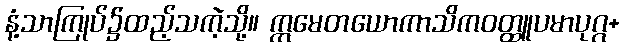
နံ့သာကြုပ်၌ထည့်သကဲ့သို့။ ဣမေတယောကာသိကဝတ္ထူပမာပုဂ္ဂ+